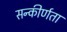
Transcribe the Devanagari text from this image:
सन्कीर्णता